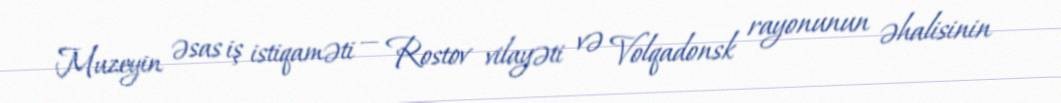
Muzeyin əsas iş istiqaməti — Rostov vilayəti və Volqadonsk rayonunun əhalisinin